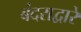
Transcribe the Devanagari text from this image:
बंदराद्वारे